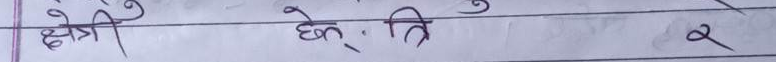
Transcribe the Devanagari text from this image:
क्षेत्री छेत्री त्र २